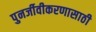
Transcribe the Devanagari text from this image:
पुनर्जीवीकरणासाठी